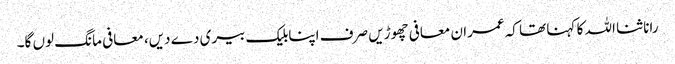
رانا ثنا اللہ کا کہنا تھا کہ عمران معافی چھوڑیں صرف اپنابلیک بیری دے دیں، معافی مانگ لوں گا۔